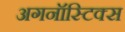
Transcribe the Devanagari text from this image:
अगनॉस्टिक्स